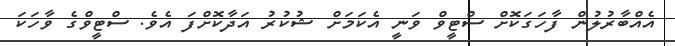
އެއްބާރުލުން ފާހަގަކޮށް ސްޓީވް ވަނީ އެކަމަށް ޝުކުރު އަދާކޮށްފަ އެވެ. ސްޓީވްގެ ވާހަކަ